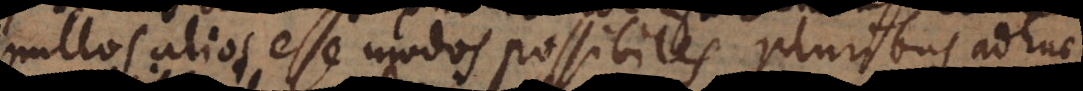
nullos alios esse modos possibiles, pluribus adhuc